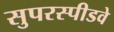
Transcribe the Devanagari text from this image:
सुपरस्पीडवे